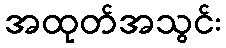
အထုတ်အသွင်း